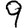
Digit: 9